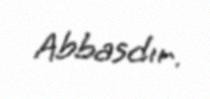
Abbasdır.